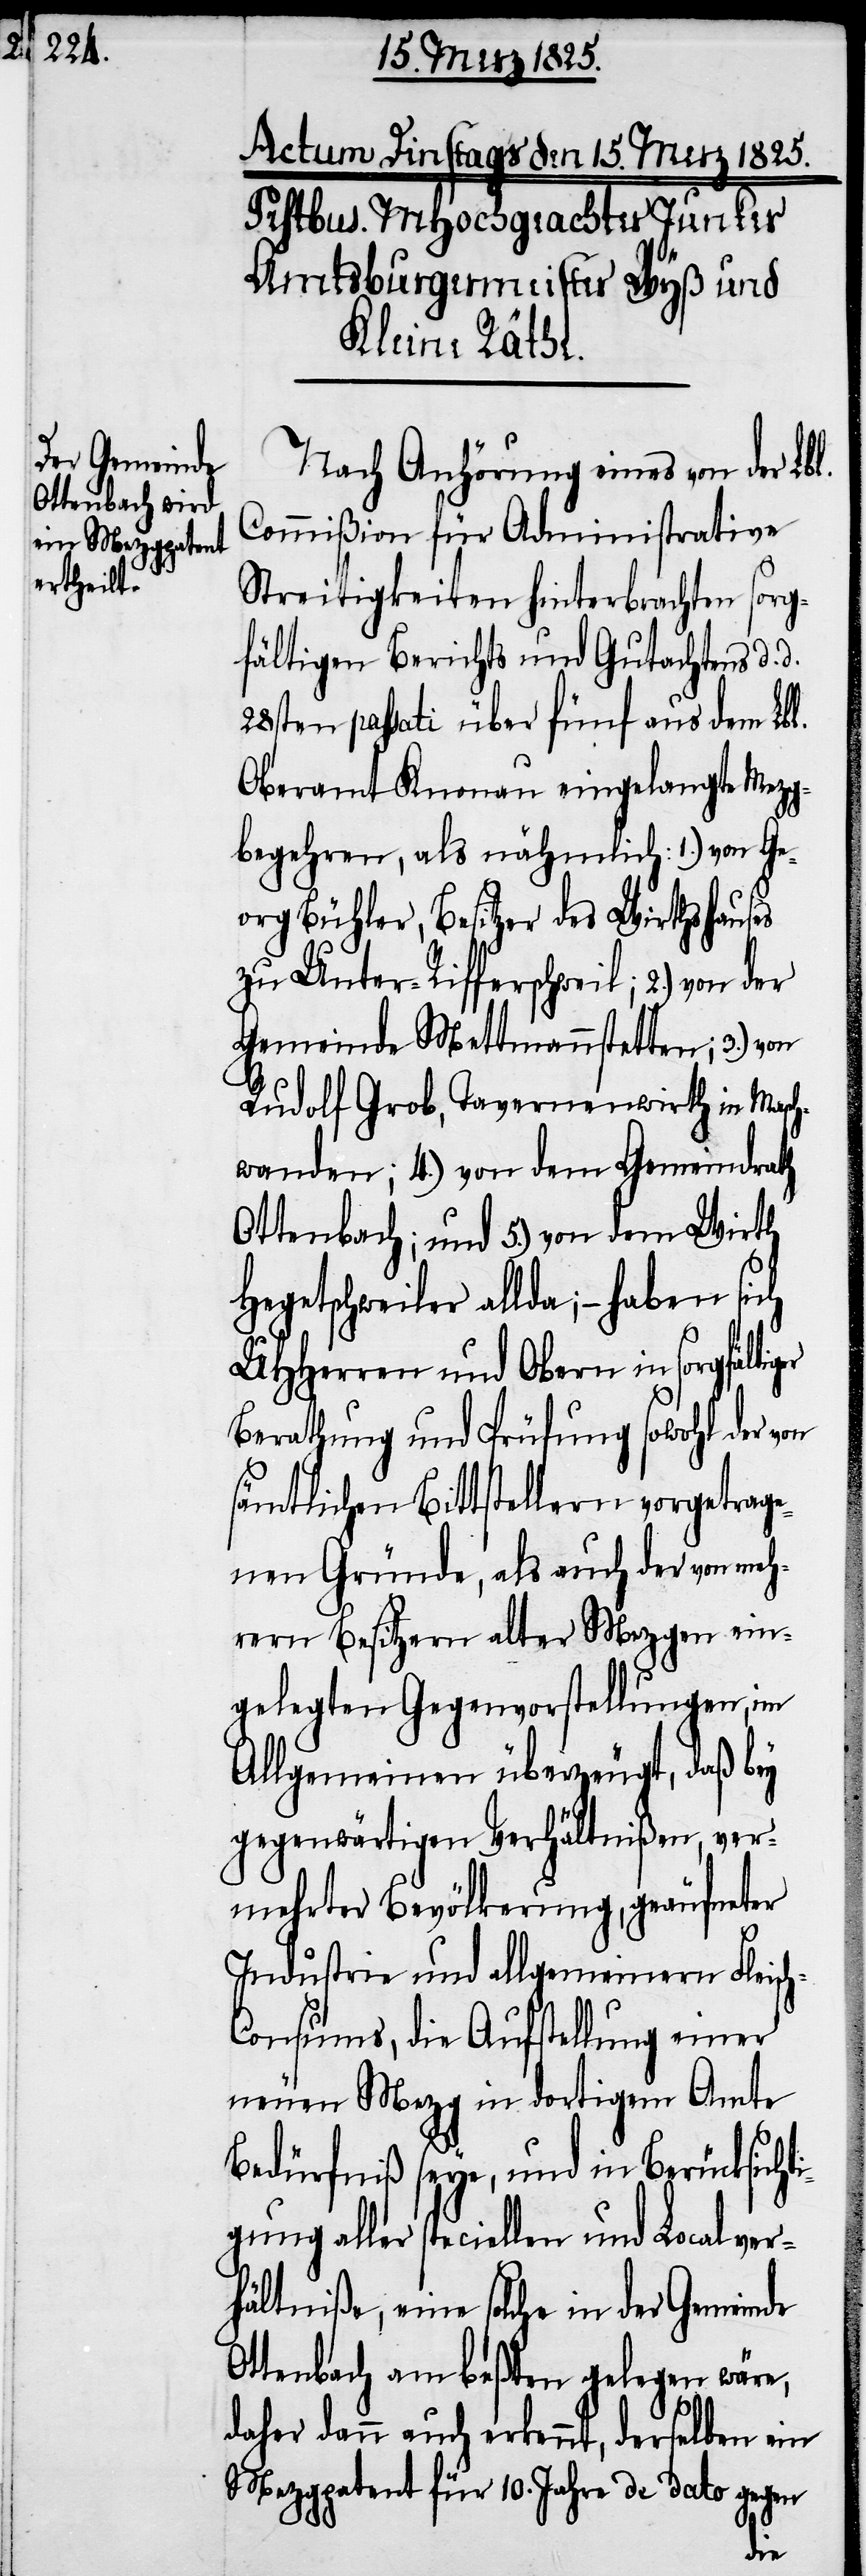
Nach Anhörung eines von der Lbl.
Commißion für Administrative
Streitigkeiten hinterbrachten sorg¬
fältigen Berichts und Gutachtens d.
28. passati über fünf aus dem Lbl.
Oberamt Knonau eingelangte Mezg¬
begehren, als nähmlich: 1.) von Ge¬
org Bühler, Besitzer des Wirthshauses
zu Unter-Rifferschweil; 2.) von der
Gemeinde Mettmannstetten; 3.) von
Rudolf Grob, Tavernenwirth in Masch¬
wanden; 4.) von dem Gemeindrath
Ottenbach; und 5.) von dem Wirth
Hegetschweiler allda; − haben sich
UHHerren und Obern in
Berathung und Prüfung sowohl der von
sämtlichen Bittstellern vorgetrage¬
nen Gründe, als auch der von meh¬
rern Besitzern alter Mezgen ein¬
gelegten Gegenvorstellungen, im
Allgemeinen überzeugt, daß bey
gegenwärtigen Verhältnißen, ver¬
mehrter Bevölkerung, geäufneter
Industrie und allgemeinern Fleisc¬
h-Consums, die Aufstellung einer
neuen Mezg in dortigem Amte
Bedürfniß seye, und in Berücksicht¬
igung aller speciellen und Localver¬
hältniße, eine solche in der Gemeinde
Ottenbach am beßten gelegen wäre,
daher dann auch erkennt, derselben ein
Mezgpatent für 10. Jahre de dato gegen